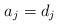
LaTeX: \begin{align*} a_j = d_j \end{align*}